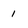
Character: 1